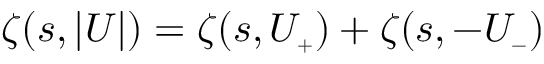
\zeta ( s , \vert U \vert ) = \zeta ( s , U _ { \scriptscriptstyle + } ) + \zeta ( s , - U _ { \scriptscriptstyle - } )